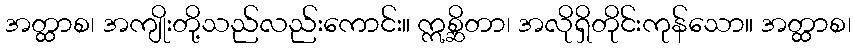
အတ္ထာစ၊ အကျိုးတို့သည်လည်းကောင်း။ ဣစ္ဆိတာ၊ အလိုရှိတိုင်းကုန်သော။ အတ္ထာစ၊